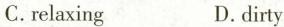
C.relaxing D.dirty